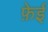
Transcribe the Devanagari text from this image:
फ़ेई